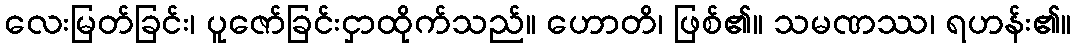
လေးမြတ်ခြင်း၊ ပူဇော်ခြင်းငှာထိုက်သည်။ ဟောတိ၊ ဖြစ်၏။ သမဏဿ၊ ရဟန်း၏။